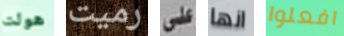
هولت رميت على انها افعلوا